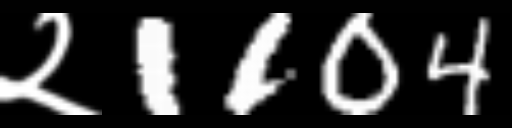
Text: २1104